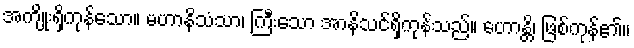
အကျိုးရှိကုန်သော။ မဟာနိသံသာ၊ ကြီးသော အာနိသင်ရှိကုန်သည်။ ဟောန္တိ၊ ဖြစ်ကုန်၏။